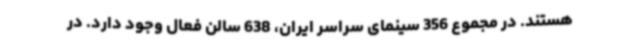
هستند. در مجموع 356 سینمای سراسر ایران، 638 سالن فعال وجود دارد. در